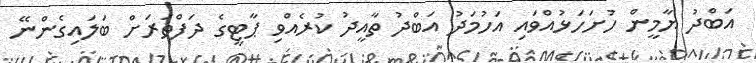
އަބްދު ޔާމީން ހުށަހަޅުއްވައި އަހުމަދު އަބްދު ތާއީދު ކުރެއްވި ޕާޓީގެ ދަފްތަރަށް ބަލައިގެންނޭ